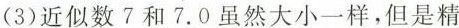
(3)近似数7和7.0虽然大小一样，但是精